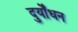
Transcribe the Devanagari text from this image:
दुर्योंधन